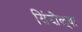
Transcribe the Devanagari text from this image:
सिंदोळ्या